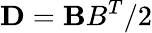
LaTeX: {\mathbf D}={\mathbf BB}^{T}/2